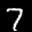
Label: 7